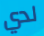
لدي